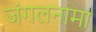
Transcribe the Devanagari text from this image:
जंगलनामा